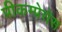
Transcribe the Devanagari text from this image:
प्रीकम्प्रेसेस